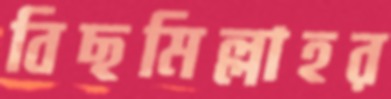
বিছমিল্লাহর